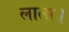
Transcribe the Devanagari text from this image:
लात्स।